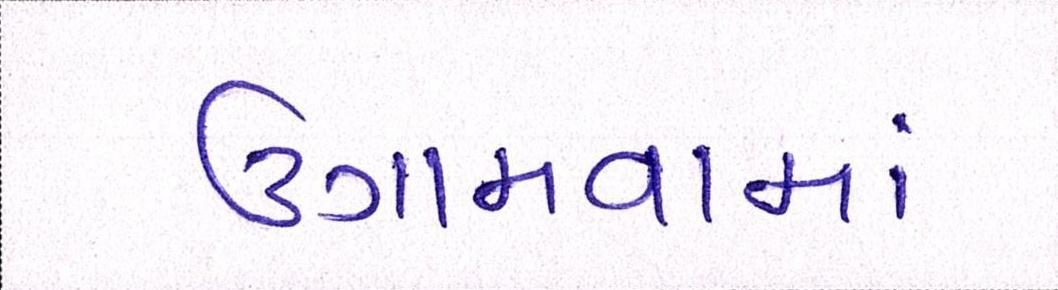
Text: ઉગામવામાં